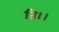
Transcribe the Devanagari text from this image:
ति।।